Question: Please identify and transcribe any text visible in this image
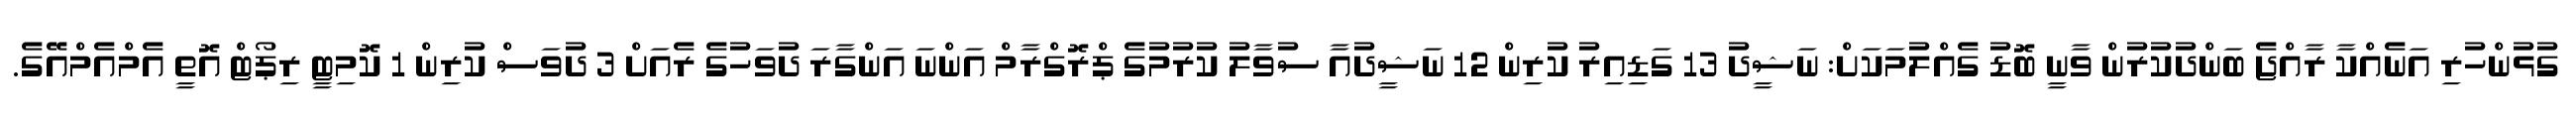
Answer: ގުޅުންހުރި އަނެއްކާ ރާއްޖެ ބަންދުކުރުން ވާނީ ބޮޑު ގެއްލުމަކަށް: ނަޝީދު 13 ގަޑިއިރު ކުރިން 12 ނަޝީދުއާ ސުވާލު ކުރުމުގެ ޕްރޮގްރާމް އަންނަ އަންގާރަ ދުވަހުގެ ރެއަށް 3 ދުވަސް ކުރިން 1 ކޮމިޓީ ރިޕޯޓް އޮތީ އެމްއެމްއޭގެ.